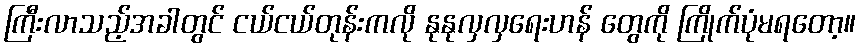
ကြီးလာသည့်အခါတွင် ငယ်ငယ်တုန်းကလို နုနုလှလှရေးဟန် တွေကို ကြိုက်ပုံမရတော့။